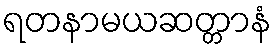
ရတနာမယဆတ္တာနံ